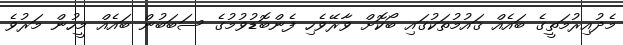
މެދުއިރުމަތީގެ ބައެއް ޤައުމުތަކުގައި ބޯކޮށް ވާރޭވެހި ފެންބޮޑުވުމުގެ ސަބަބުން ބައެއް މީހުން މަރުވެ